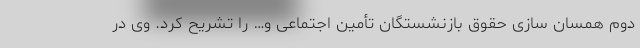
دوم همسان سازی حقوق بازنشستگان تأمین اجتماعی و… را تشریح کرد. وی در